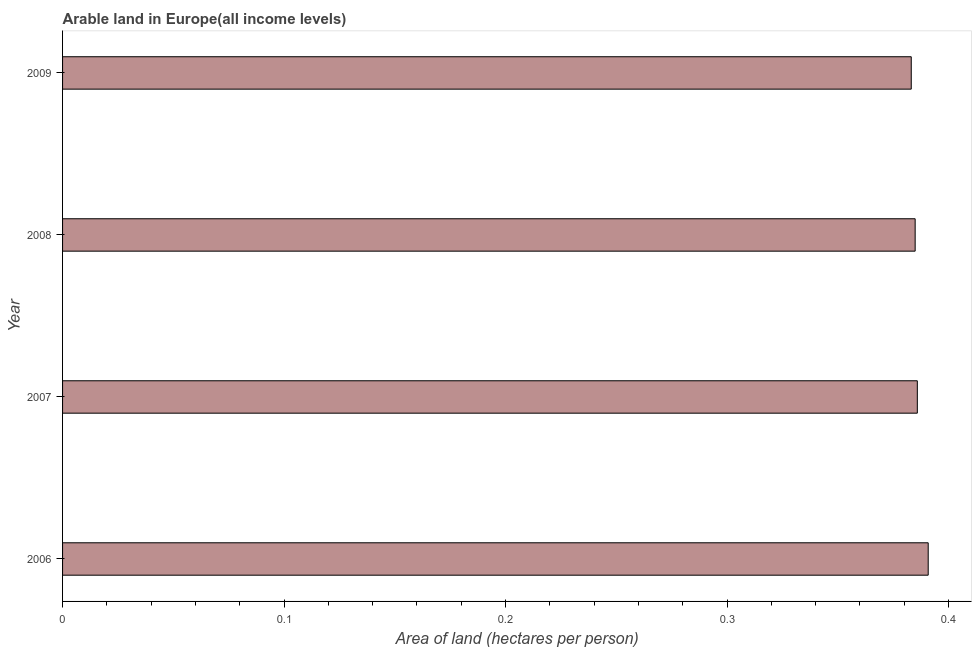
| Year | Arable land |
 | --- | --- |
 | 2006 | 0.391 |
 | 2007 | 0.386 |
 | 2008 | 0.385 |
 | 2009 | 0.383 |